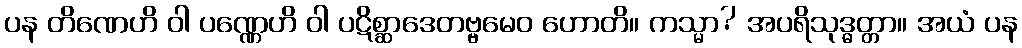
ပန တိဏေဟိ ဝါ ပဏ္ဏေဟိ ဝါ ပဋိစ္ဆာဒေတဗ္ဗမေဝ ဟောတိ။ ကသ္မာ? အပရိသုဒ္ဓတ္တာ။ အယံ ပန